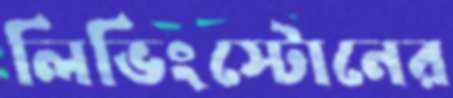
লিভিংস্টোনের